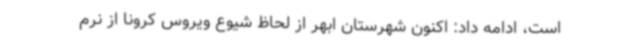
است، ادامه داد: اکنون شهرستان ابهر از لحاظ شیوع ویروس کرونا از نرم